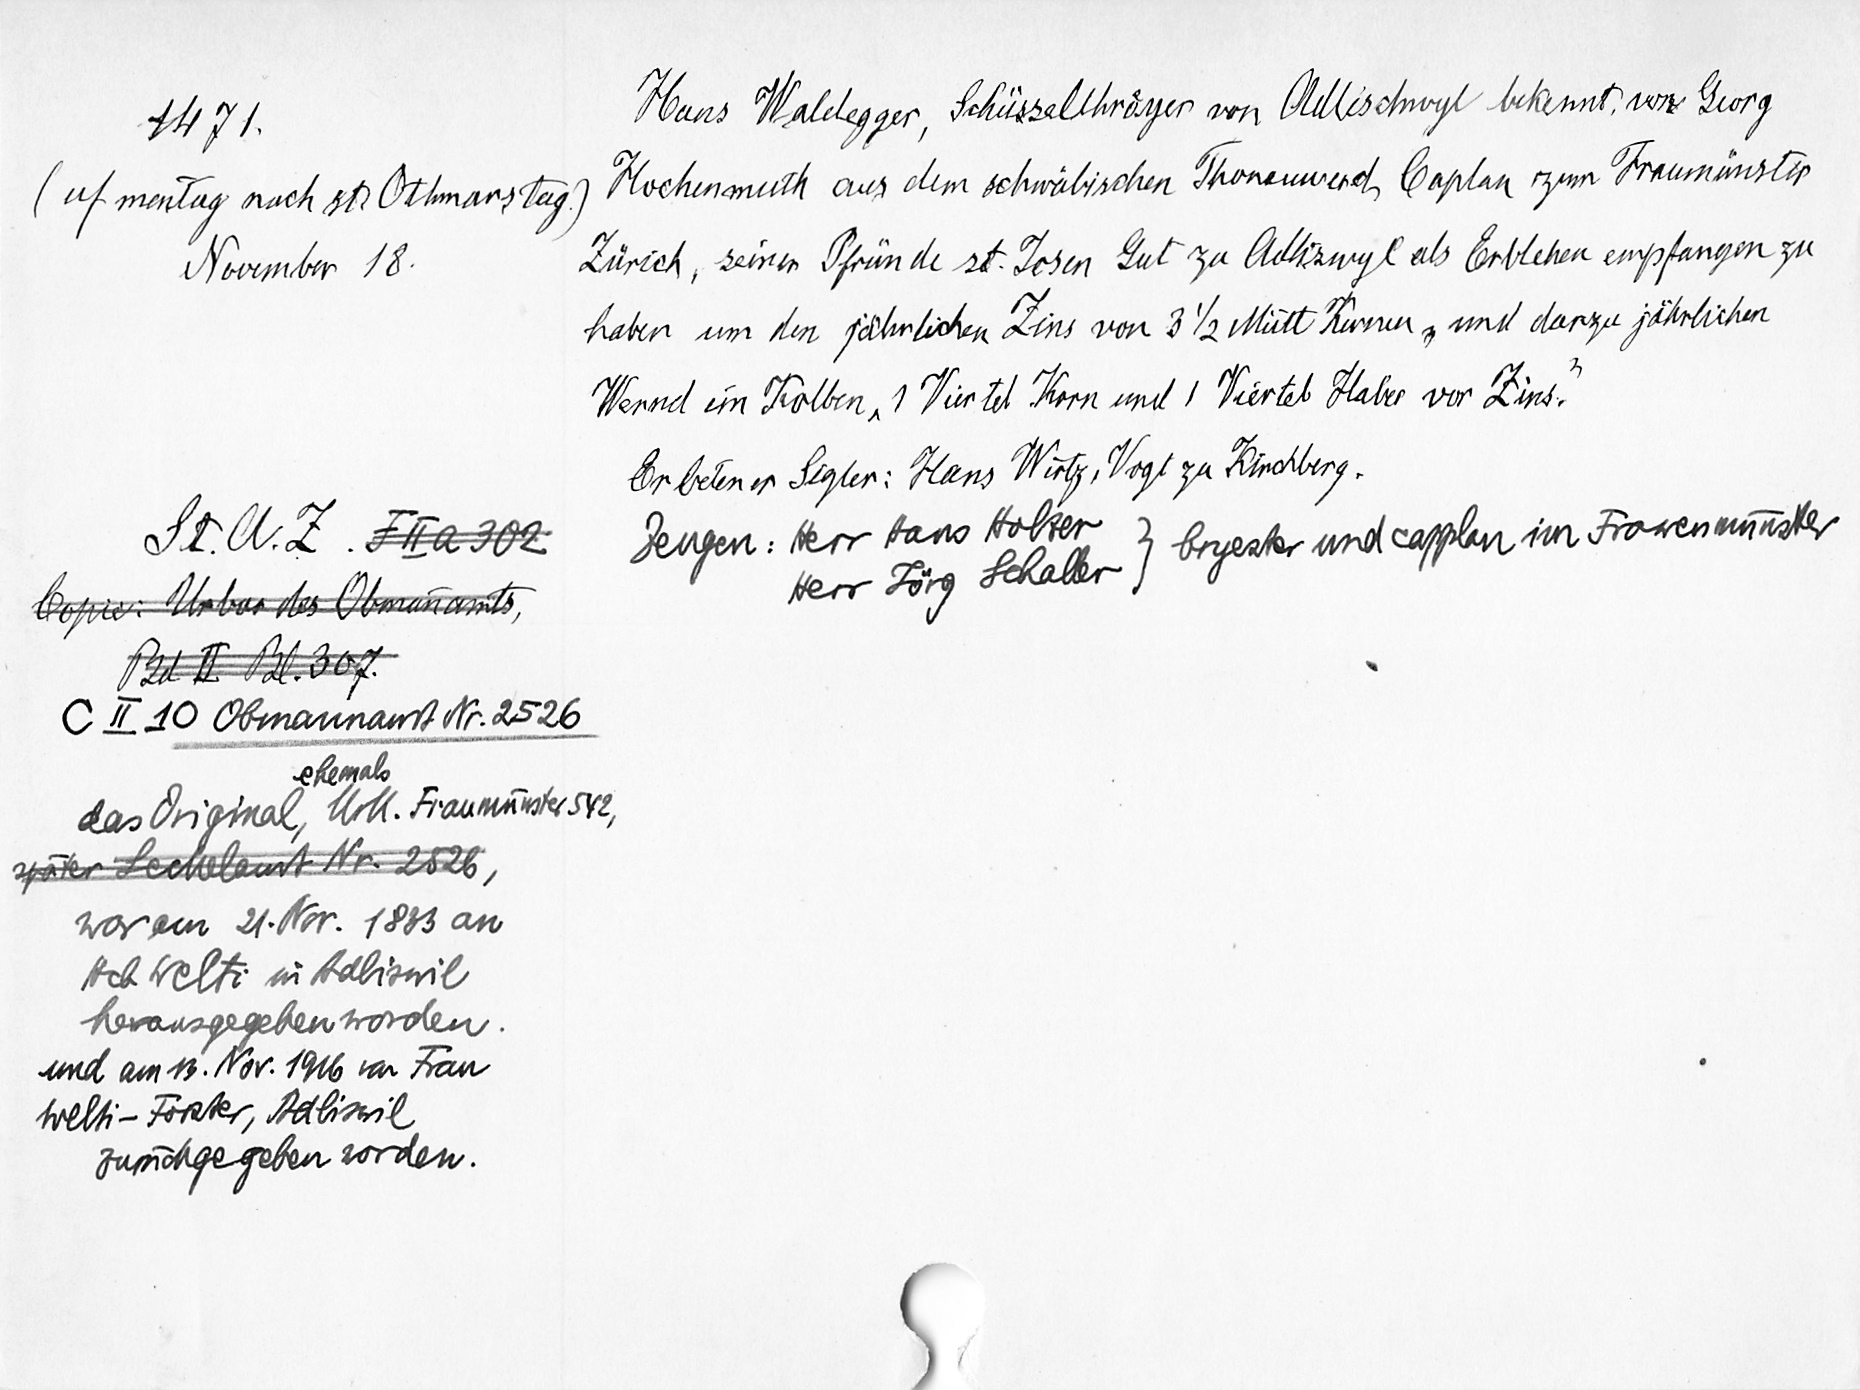
1471.
(uf mentag nach st. Othmars tag.)
November 18.
St. A. Z. F II a 302C
Copie: Urbar des Obmannamts,
Bd. II Bl. 307.
C II 10 Obmannamt Nr. 2526
ehemals
das Original, Urk. Fraumünster 542,
später Seckelamt Nr. 2526,
war am 21. Nov. 1883 an
Hch Welti in Adliswil
herausgegeben worden.
und am 13. Nov. 1916 von Frau
Welti-Forster, Adliswil
zurückgegeben worden.

Hans Waldegger, Schüsselthroͤyer von Adlischwyl bekennt vor Georg
Hochenmuth aus dem schwäbischen Thonenwerd, Caplan zum Fraumünster
Zürich, seiner Pfründe st. Josen Gut zu Adliswyl als Erblehen empfangen zu
haben um den jährlichen Zins von 3 1/2 Mütt Kernen, und darzu jährlichen
Wennd ein Kolben "1 Viertel Korn und 1 Viertel Haber vor Zins."
Erbetener Sigler: Hans Wirtz, Vogt zu Kirchberg.
bryester und capplan im Frowenmünster
Zeugen: Herr Hans Holzer
Herr Jörg Schaller